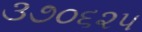
૩૭૦૬૨૫